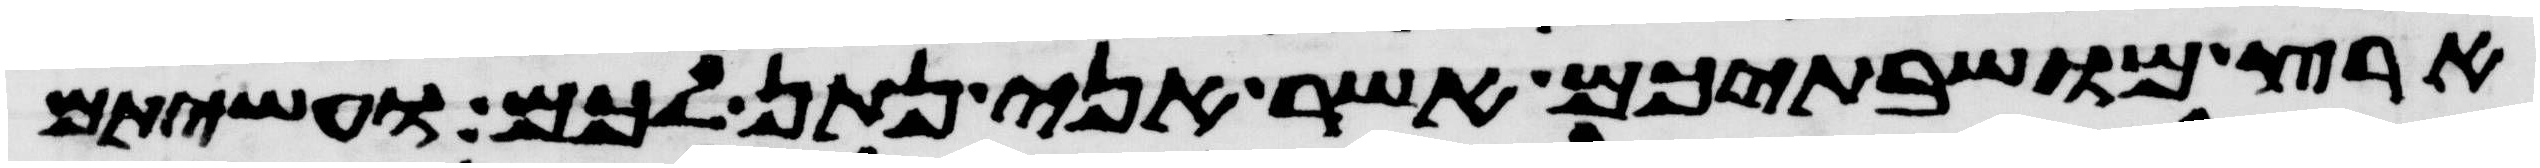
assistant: ארץ מושבתיכם אשר אני נתן לכם ועשיתם